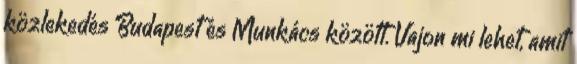
közlekedés Budapest és Munkács között. Vajon mi lehet, amit